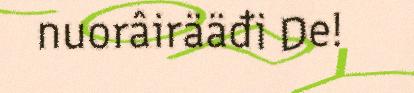
nuorâirääđi De!